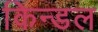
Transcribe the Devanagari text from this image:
किन्डल